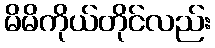
မိမိကိုယ်တိုင်လည်း